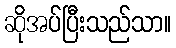
ဆိုအပ်ပြီးသည်သာ။